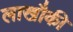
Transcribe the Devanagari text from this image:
लाखौकी